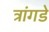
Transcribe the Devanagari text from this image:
त्रांगडे